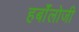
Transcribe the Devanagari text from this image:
हर्बॉलोजी